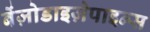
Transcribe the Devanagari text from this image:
बेंज़ोडाइज़ेपाइन्स